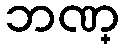
ဘဏ္